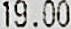
19.00